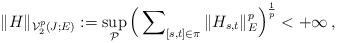
LaTeX: \begin{align*}\|H\|_{\mathcal{V}_{2}^{p}(J;E)}:=\sup_{\mathcal{P}}\Big (\sum\nolimits_{[s,t]\in\pi}\|H_{s,t}\|_E^p\Big)^\frac{1}{p}<+\infty\, ,\end{align*}